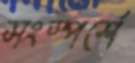
সংস্পর্শে